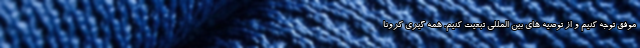
موفق توجه کنیم و از توصیه های بین المللی تبعیت کنیم. همه گیری کرونا